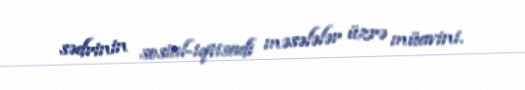
sədrinin sosial-iqtisadi məsələlər üzrə müavini.